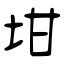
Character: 坩